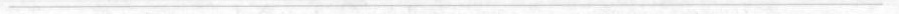
___